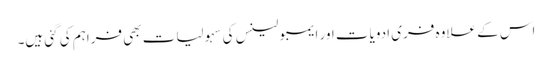
اس کے علاوہ فری ادویات اور ایمبولینس کی سہولیات بھی فراہم کی گئی ہیں۔